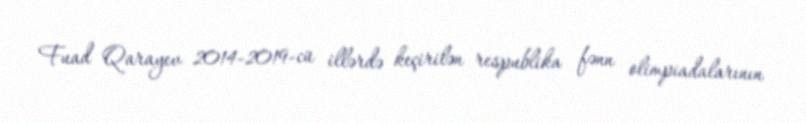
Fuad Qarayev 2014-2019-cü illərdə keçirilən respublika fənn olimpiadalarının